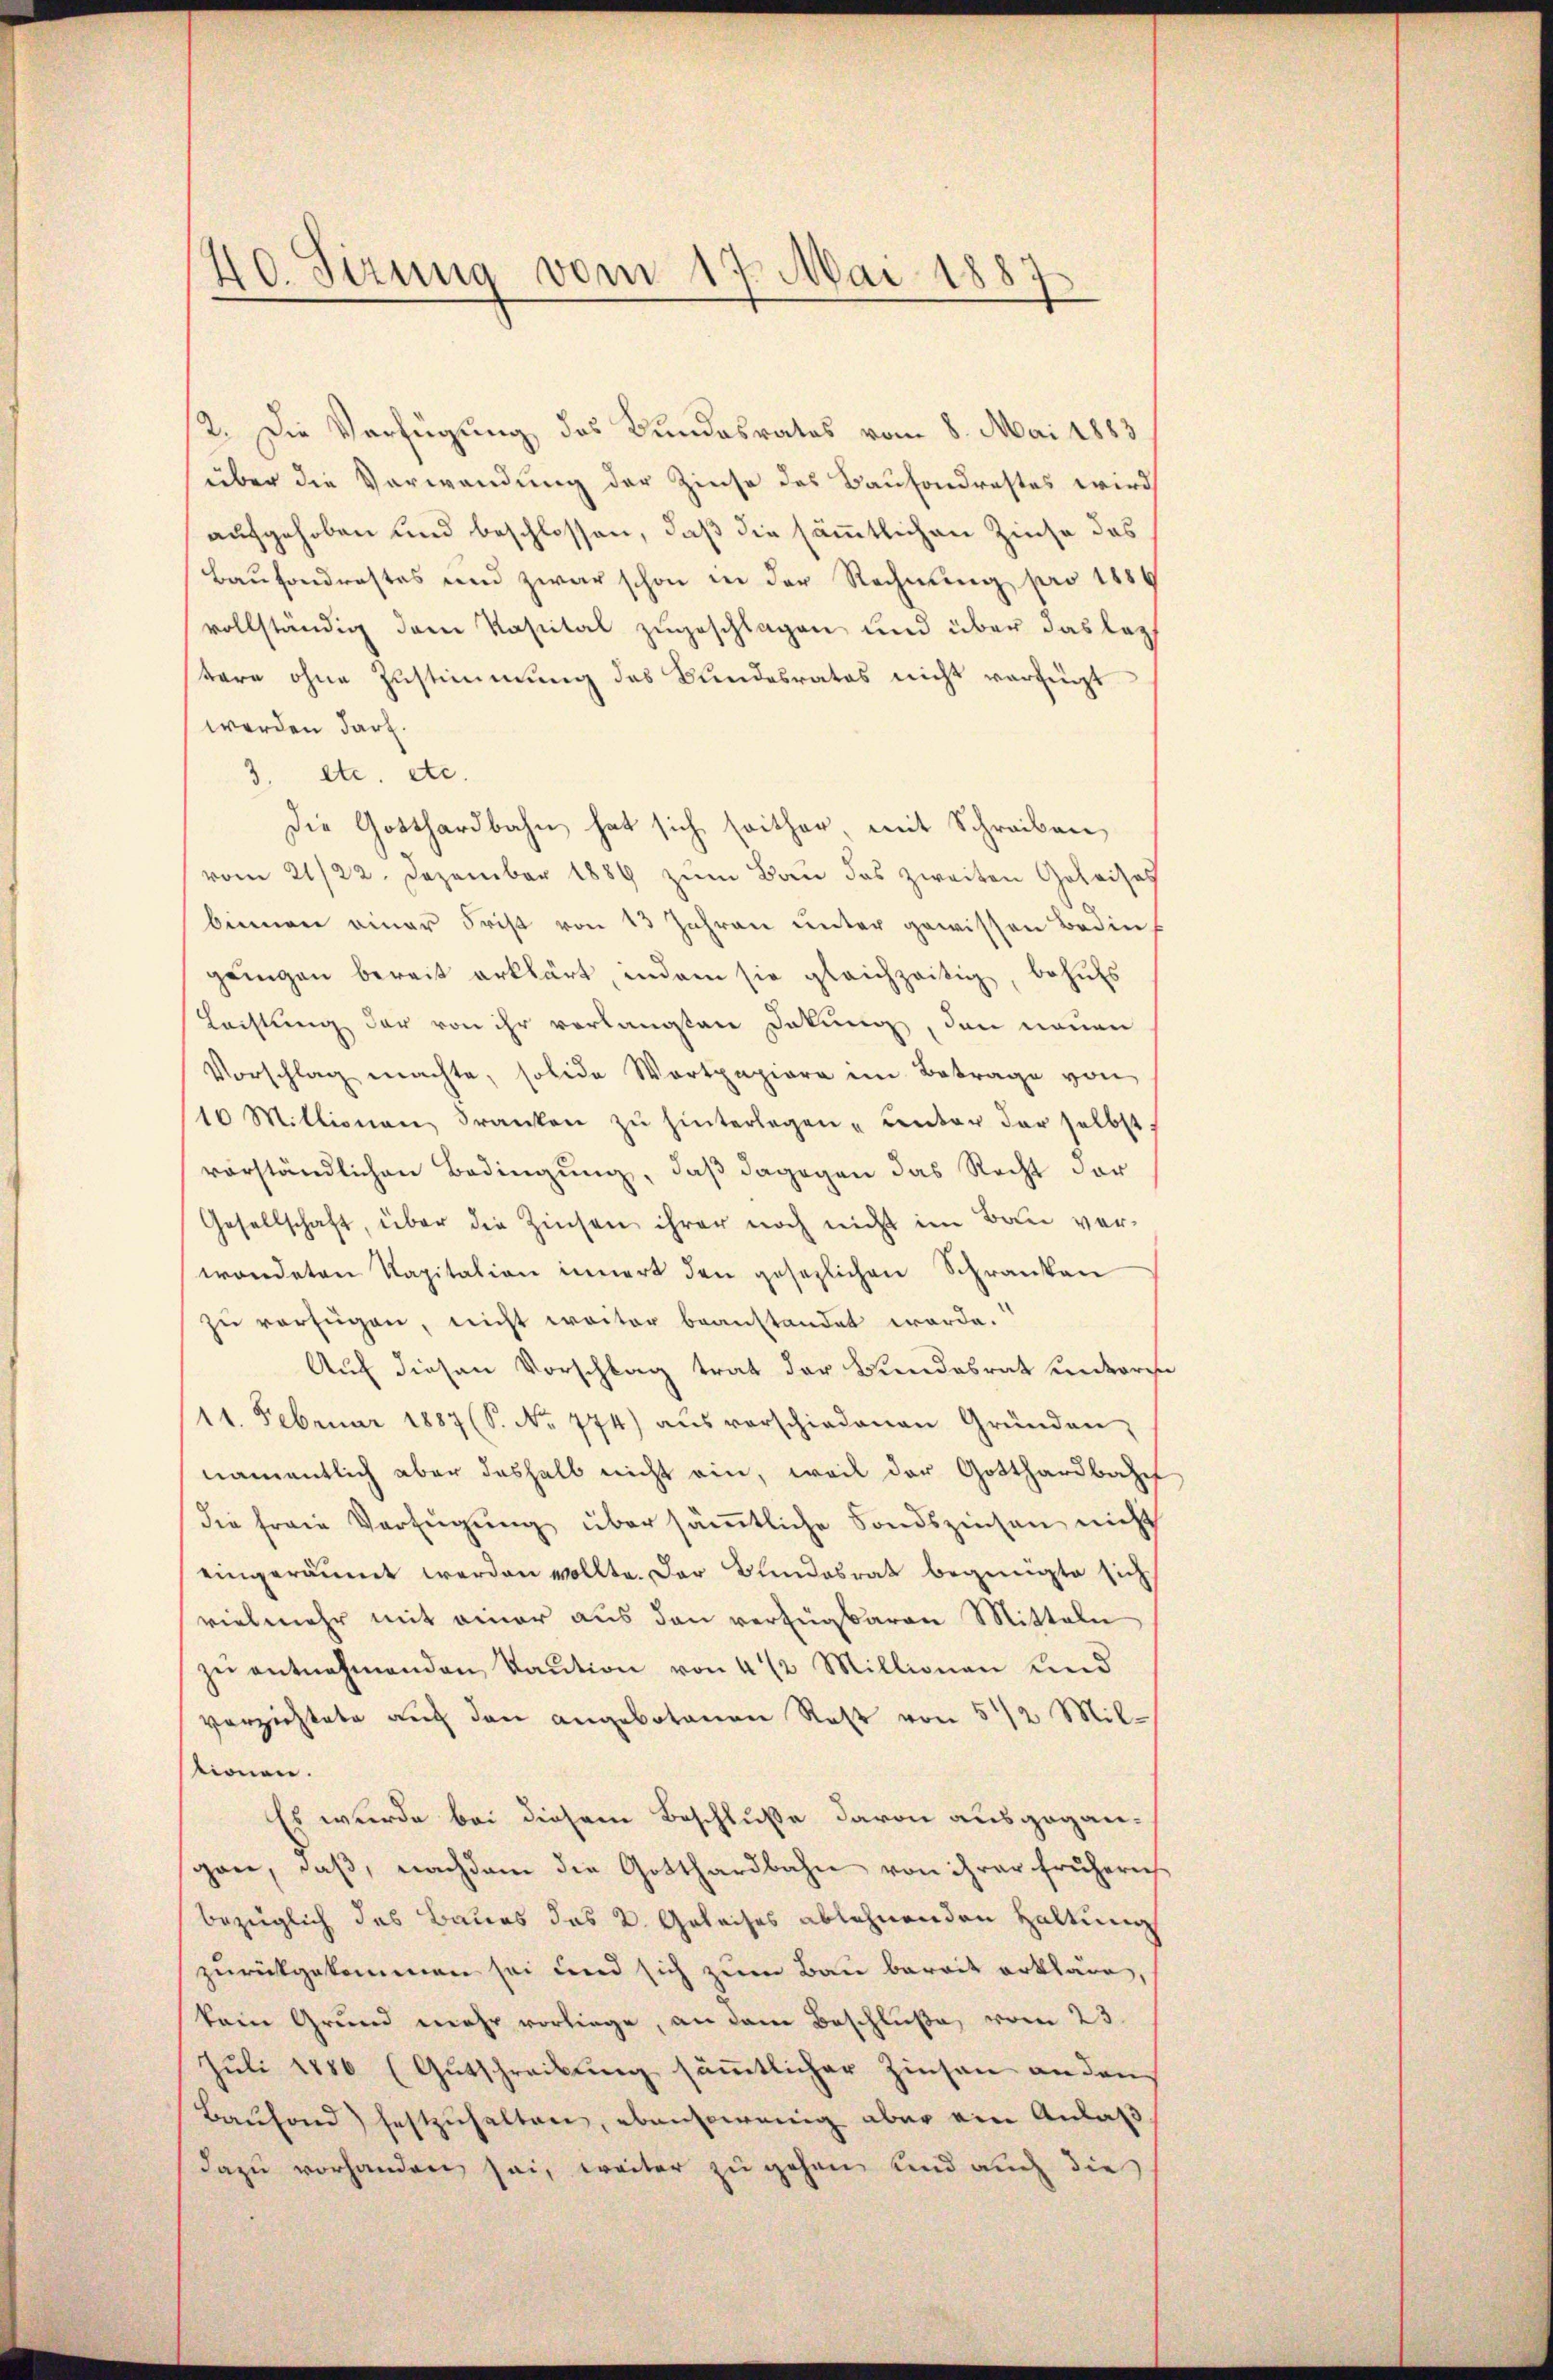
40. Sizung vom 17. Mai 1887

2. Die Verfügung des Bundesrates vom 8. Mai 1883.
über die Verwendung der Zinse des Kaufondrastes wird
aufgehoben und beschlossen, daß die sämmtlichen Zinse des
Baufondrestes und zwar schon in der Rechnung pro 1889
vollständig dem Kapital zugeschlagen und über das lezt
tere ohne Zustimmung des Bundesrates nicht verfügt
werden darf.
3. etc. etc.
Die Gotthardbahn hat sich seither, mit Schreiben,
vom 21/22. Dezember 1889 zum Bau das zweiten Geleises
binnen einer Frist von 13 Jahren unter gewissen Bedin
gringen bereit erklärt, indem sie gleichzeitig, behufs
Lachtung der von ihr verlangten Dokung, den neuen
Vorschlag machte, solida Wertpapiere im Betrage von
10 Millionen Franken zŭ hinterlegen, unter der selbst
vorständlichen Bedingung, daß dagegen das Recht der
Gesellschaft, über die Zinsen ihrer noch nicht im Bau ver-
wendeten Kapitation innert den gesezlichen Schranken
zu verfügen, nicht weiter beanstandet werde.
Auf diesen Vorschlag trat der Bundesrat unterh
11. Februar 1887 (S. Nr. 774) aŭs verschiedenen Gründen,
namentlich aber deshalb nicht ein, weil der Gotthardbahn
die freie Verfügung über sämtliche Fondszinsen nicht
eingeräumt werden wollte. Der Bundesrat begnügte sich
vielmehr mit einer aus den verfügbaren Mitteln
zŭ entnehmenden Kaŭtion von 4 1/2 Millionen und
verzichtete auf den angebotenen Rest von 5 1/2 Mil-
tionen.
Es wurde bei diesem Beschluße davon ausgegangen, daβ nachdem die Gotthardbahn von ihrer frühern
bezüglich des Baues das k. Geleises ablehnenden Haltung
zurückgekommen sei und sich zum Bau bereit erkläre,
kein Grund mehr vorliege, an dem Beschluße vom 23.
Juli 1886 (Gutschreibung sämmtlicher Zinsen an den
Baufond festzuhalten, ebensowenig aber ein Anlaß
dazu vorhanden sei, weiter zu gehen und auch die